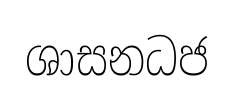
ශාසනධජ